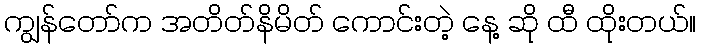
ကျွန်တော်က အတိတ်နိမိတ် ကောင်းတဲ့ နေ့ ဆို ထီ ထိုးတယ်။